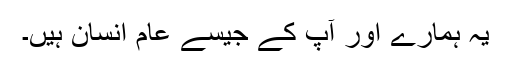
یہ ہمارے اور آپ کے جیسے عام انسان ہیں۔